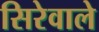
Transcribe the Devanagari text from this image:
सिरेवाले